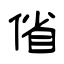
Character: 偗